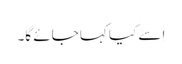
اِسے کیا کہا جائے گا۔